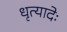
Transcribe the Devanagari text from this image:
धृत्यादेः